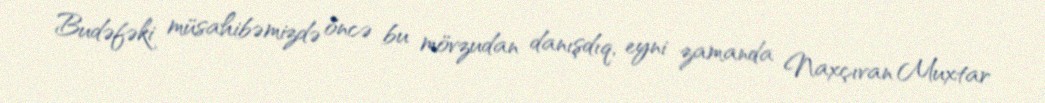
Budəfəki müsahibəmizdə öncə bu mövzudan danışdıq, eyni zamanda Naxçıvan Muxtar